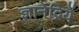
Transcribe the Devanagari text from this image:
ज्ञानेद्रियें